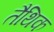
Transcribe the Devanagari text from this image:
तैथिक